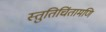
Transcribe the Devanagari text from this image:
स्तुतिचिंतामणि